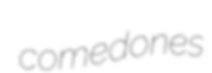
comedones